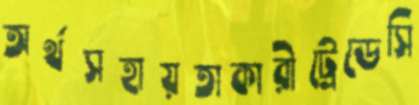
অর্থসহায়তাকারীট্রেডেসি